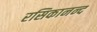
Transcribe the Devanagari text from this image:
रसिकानन्द